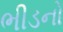
ભીડનો